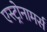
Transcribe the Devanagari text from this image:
एस्ट्रोनामर्स